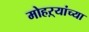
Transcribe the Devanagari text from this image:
मोहऱ्यांच्या